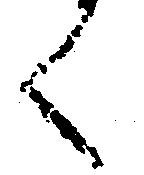
く